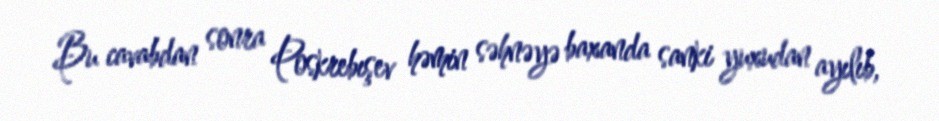
Bu cavabdan sonra Poskrebışev həmin səhnəyə baxanda sanki yuxudan ayılıb,